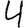
Digit: 4